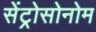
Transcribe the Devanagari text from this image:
सेंट्रोसोनोम